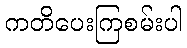
ကတိပေးကြစမ်းပါ